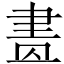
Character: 𦘕